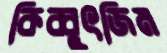
কিব্বুৎজিম